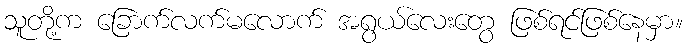
သူတို့က ခြောက်လက်မလောက် အရွယ်လေးတွေ ဖြစ်ရင်ဖြစ်နေမှာ။